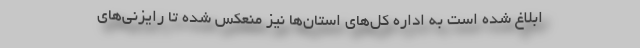
ابلاغ شده است به اداره کل‌های استان‌ها نیز منعکس شده تا رایزنی‌های